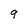
Character: 9